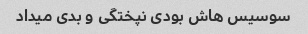
سوسیس هاش بودی نپختگی و بدی میداد